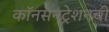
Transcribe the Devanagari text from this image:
कॉनसनट्रेशनची